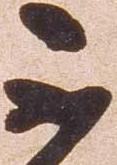
不